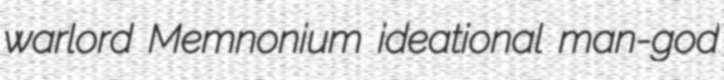
warlord Memnonium ideational man-god